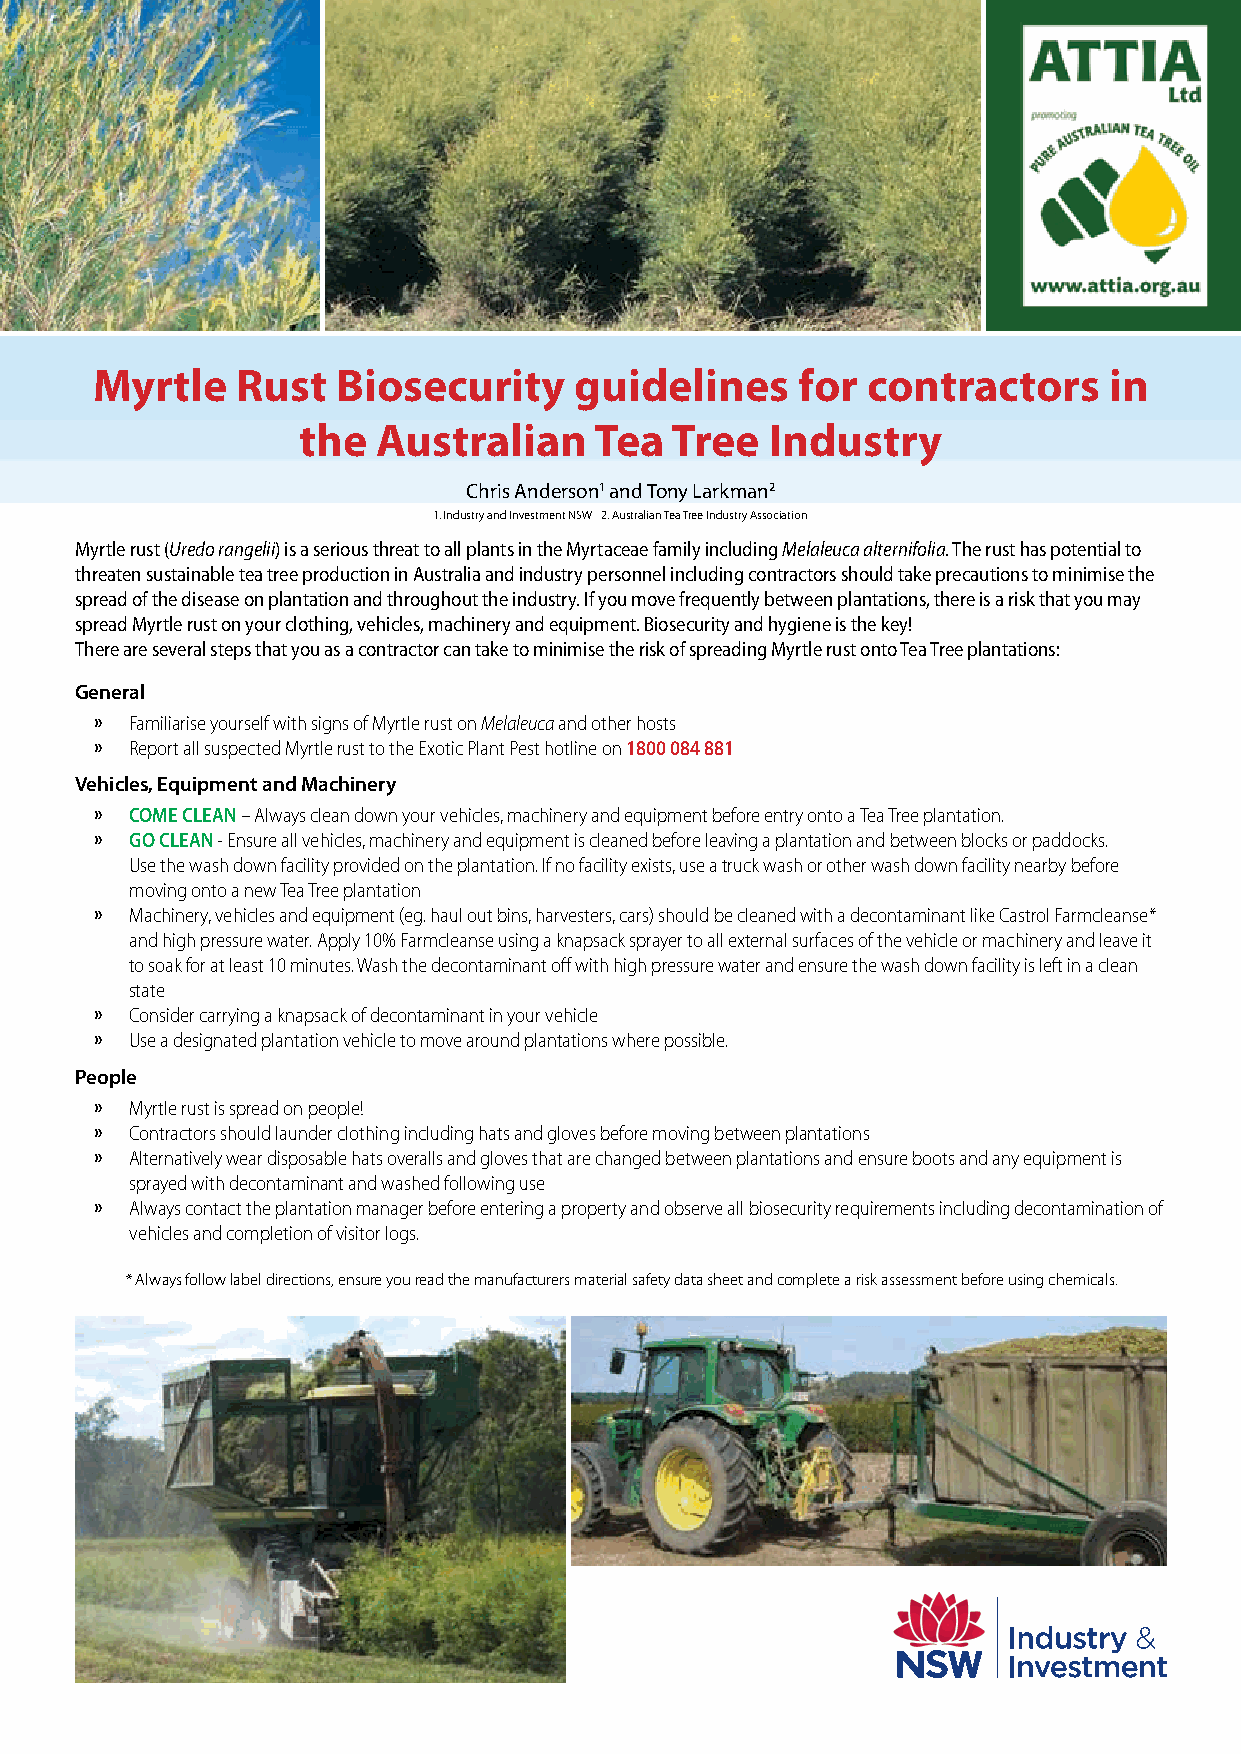
Myrtle    Rust  Biosecurity     guidelines     for contractors     in
 the  Australian    Tea  Tree   Industry
 Chris Anderson1 and Tony Larkman2
 1. Industry and Investment NSW 2. Australian Tea Tree Industry Association
 Myrtle rust (Uredo rangelii) is a serious threat to all plants in the Myrtaceae family including Melaleuca alternifolia. The rust has potential to
 threaten sustainable tea tree production in Australia and industry personnel including contractors should take precautions to minimise the
 spread of the disease on plantation and throughout the industry. If you move frequently between plantations, there is a risk that you may
 spread Myrtle rust on your clothing, vehicles, machinery and equipment. Biosecurity and hygiene is the key!
 There are several steps that you as a contractor can take to minimise the risk of spreading Myrtle rust onto Tea Tree plantations:
 General
 »  Familiarise yourself with signs of Myrtle rust on Melaleuca and other hosts
 »  Report all suspected Myrtle rust to the Exotic Plant Pest hotline on 1800 084 881
 Vehicles, Equipment and Machinery
 »  COME CLEAN – Always clean down your vehicles, machinery and equipment before entry onto a Tea Tree plantation.
 »  GO CLEAN - Ensure all vehicles, machinery and equipment is cleaned before leaving a plantation and between blocks or paddocks.
 Use the wash down facility provided on the plantation. If no facility exists, use a truck wash or other wash down facility nearby before
 moving onto a new Tea Tree plantation
 »  Machinery, vehicles and equipment (eg. haul out bins, harvesters, cars) should be cleaned with a decontaminant like Castrol Farmcleanse*
 and high pressure water. Apply 10% Farmcleanse using a knapsack sprayer to all external surfaces of the vehicle or machinery and leave it
 to soak for at least 10 minutes. Wash the decontaminant off with high pressure water and ensure the wash down facility is left in a clean
 state
 »  Consider carrying a knapsack of decontaminant in your vehicle
 »  Use a designated plantation vehicle to move around plantations where possible.
 People
 »  Myrtle rust is spread on people!
 »  Contractors should launder clothing including hats and gloves before moving between plantations
 »  Alternatively wear disposable hats overalls and gloves that are changed between plantations and ensure boots and any equipment is
 sprayed with decontaminant and washed following use
 »  Always contact the plantation manager before entering a property and observe all biosecurity requirements including decontamination of
 vehicles and completion of visitor logs.
 * Always follow label directions, ensure you read the manufacturers material safety data sheet and complete a risk assessment before using chemicals.